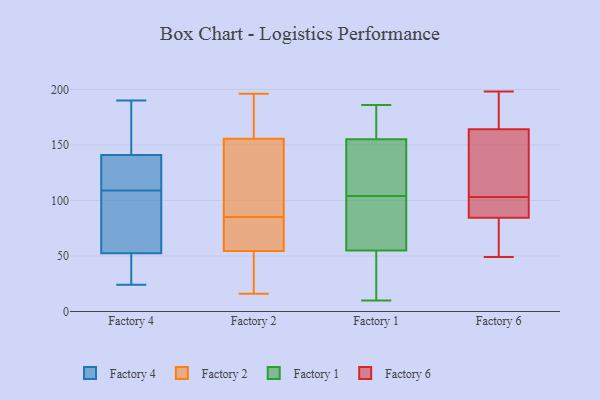
{"axis": {"x": "Backlog", "y": "Value"}, "legend": ["Factory 1", "Factory 2", "Factory 4", "Factory 6"], "data": [{"x": "", "y": 105, "type": "Factory 4"}, {"x": "", "y": 129, "type": "Factory 4"}, {"x": "", "y": 40, "type": "Factory 4"}, {"x": "", "y": 178, "type": "Factory 4"}, {"x": "", "y": 57, "type": "Factory 4"}, {"x": "", "y": 70, "type": "Factory 4"}, {"x": "", "y": 24, "type": "Factory 4"}, {"x": "", "y": 113, "type": "Factory 4"}, {"x": "", "y": 151, "type": "Factory 4"}, {"x": "", "y": 118, "type": "Factory 4"}, {"x": "", "y": 32, "type": "Factory 4"}, {"x": "", "y": 190, "type": "Factory 4"}, {"x": "", "y": 48, "type": "Factory 4"}, {"x": "", "y": 61, "type": "Factory 4"}, {"x": "", "y": 171, "type": "Factory 4"}, {"x": "", "y": 131, "type": "Factory 4"}, {"x": "", "y": 165, "type": "Factory 2"}, {"x": "", "y": 44, "type": "Factory 2"}, {"x": "", "y": 61, "type": "Factory 2"}, {"x": "", "y": 186, "type": "Factory 2"}, {"x": "", "y": 138, "type": "Factory 2"}, {"x": "", "y": 196, "type": "Factory 2"}, {"x": "", "y": 86, "type": "Factory 2"}, {"x": "", "y": 146, "type": "Factory 2"}, {"x": "", "y": 48, "type": "Factory 2"}, {"x": "", "y": 84, "type": "Factory 2"}, {"x": "", "y": 16, "type": "Factory 2"}, {"x": "", "y": 68, "type": "Factory 2"}, {"x": "", "y": 155, "type": "Factory 1"}, {"x": "", "y": 186, "type": "Factory 1"}, {"x": "", "y": 10, "type": "Factory 1"}, {"x": "", "y": 146, "type": "Factory 1"}, {"x": "", "y": 156, "type": "Factory 1"}, {"x": "", "y": 128, "type": "Factory 1"}, {"x": "", "y": 92, "type": "Factory 1"}, {"x": "", "y": 85, "type": "Factory 1"}, {"x": "", "y": 108, "type": "Factory 1"}, {"x": "", "y": 55, "type": "Factory 1"}, {"x": "", "y": 104, "type": "Factory 1"}, {"x": "", "y": 25, "type": "Factory 1"}, {"x": "", "y": 58, "type": "Factory 1"}, {"x": "", "y": 104, "type": "Factory 1"}, {"x": "", "y": 54, "type": "Factory 1"}, {"x": "", "y": 171, "type": "Factory 1"}, {"x": "", "y": 167, "type": "Factory 1"}, {"x": "", "y": 14, "type": "Factory 1"}, {"x": "", "y": 110, "type": "Factory 6"}, {"x": "", "y": 49, "type": "Factory 6"}, {"x": "", "y": 96, "type": "Factory 6"}, {"x": "", "y": 76, "type": "Factory 6"}, {"x": "", "y": 79, "type": "Factory 6"}, {"x": "", "y": 169, "type": "Factory 6"}, {"x": "", "y": 146, "type": "Factory 6"}, {"x": "", "y": 95, "type": "Factory 6"}, {"x": "", "y": 163, "type": "Factory 6"}, {"x": "", "y": 165, "type": "Factory 6"}, {"x": "", "y": 198, "type": "Factory 6"}, {"x": "", "y": 90, "type": "Factory 6"}]}